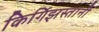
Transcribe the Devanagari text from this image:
किर्गिझस्तानी